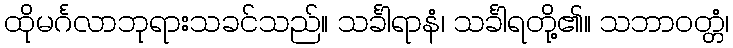
ထိုမင်္ဂလာဘုရားသခင်သည်။ သင်္ခါရာနံ၊ သင်္ခါရတို့၏။ သဘာဝတ္တံ၊